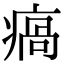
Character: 瘑